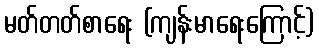
မတ်တတ်စာရေး (ကျန်းမာရေးကြောင့်)